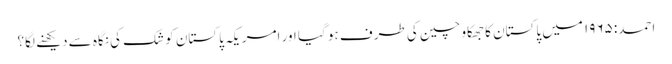
احمد: ۱۹۶۵ میں پاکستان کا جھکاو چین کی طرف ہو گیا اور امریکہ پاکستان کو شک کی نگاہ سے دیکھنے لگا؟